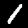
Label: 1